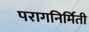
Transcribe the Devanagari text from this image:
परागनिर्मिती